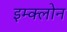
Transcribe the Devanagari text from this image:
इम्‍क्‍लोन